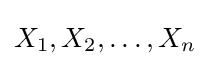
X_{1},X_{2},\ldots ,X_{n}